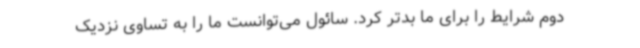
دوم شرایط را برای ما بدتر کرد. سائول می‌توانست ما را به تساوی نزدیک